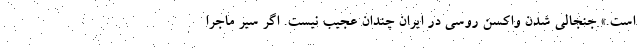
است.» جنجالی شدن واکسن روسی در ایران چندان عجیب نیست. اگر سیر ماجرا